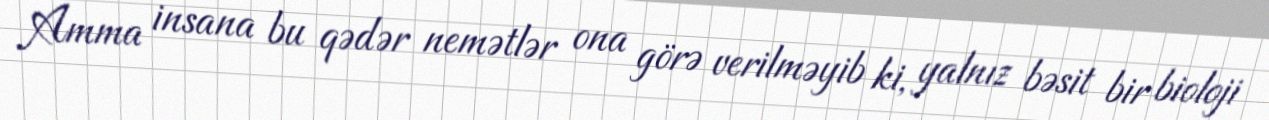
Amma insana bu qədər nemətlər ona görə verilməyib ki, yalnız bəsit bir bioloji